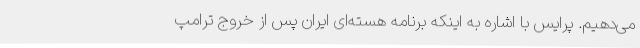
می‌دهیم. پرایس با اشاره به اینکه برنامه هسته‌ای ایران پس از خروج ترامپ